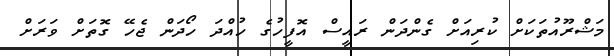
މަޝްރޫއުތަކަށް ކުރިއަށް ގެންދަން ރައީސް އޮފީހުގެ ހުއްދަ ހޯދަން ޖެހޭ ގޮތަށް ވަރަށް